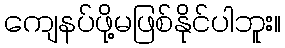
ကျေနပ်ဖို့မဖြစ်နိုင်ပါဘူး။